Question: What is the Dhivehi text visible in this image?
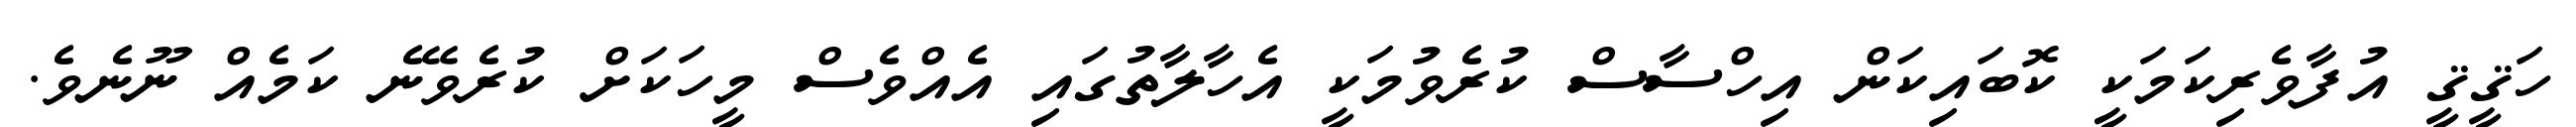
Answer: ހަޤީޤީ އުފާވެރިކަމަކީ ކޮބައިކަން އިހްސާސް ކުރެވުމަކީ އެހާލާތުގައި އެއްވެސް މީހަކަށް ކުރެވޭނެ ކަމެއް ނޫނެވެ.